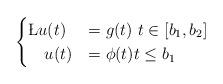
LaTeX: \begin{align*}\begin{cases}\L u(t) &= g(t) ~t \in [b_{1}, b_{2}]\\~~~u(t) &= \phi(t) t \leq b_{1}\end{cases}\end{align*}